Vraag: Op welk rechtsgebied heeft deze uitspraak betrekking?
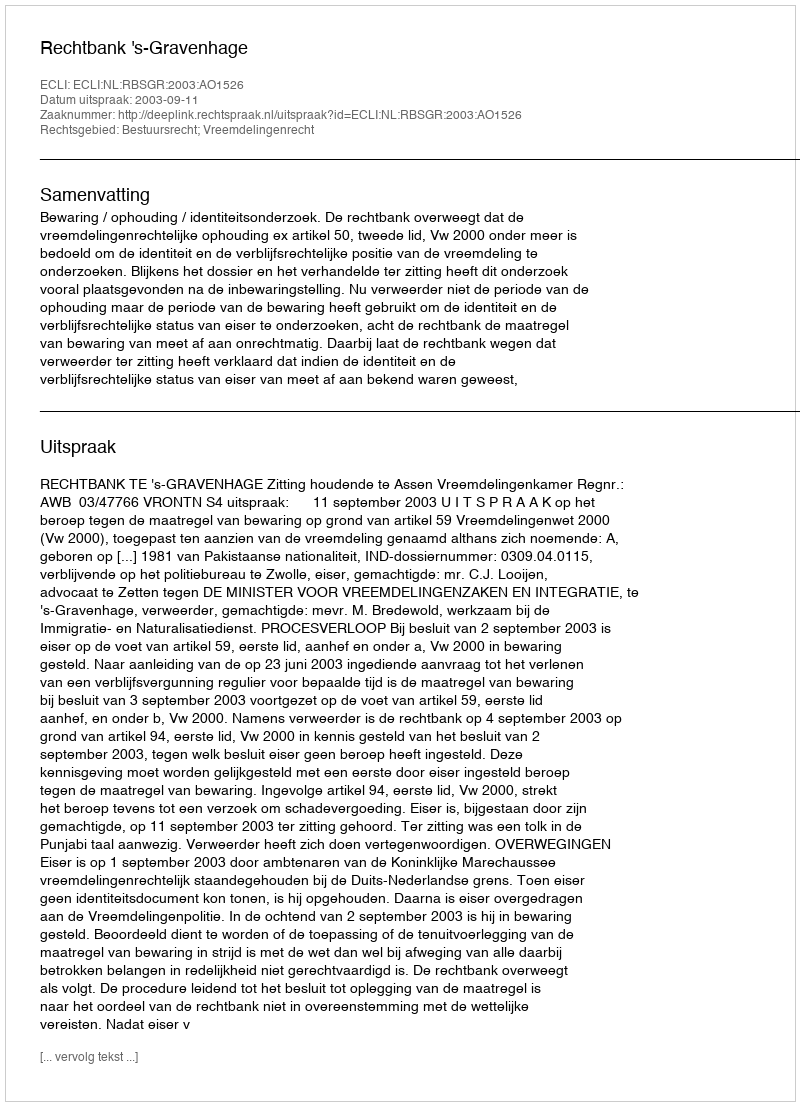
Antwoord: Bestuursrecht; Vreemdelingenrecht